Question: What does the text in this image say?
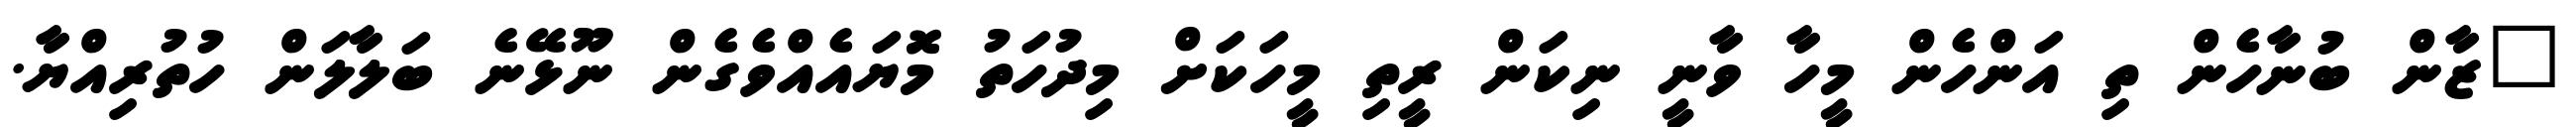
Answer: "ޒާން ބުނާހެން ތި އަންހެން މީހާ ވާނީ ނިކަން ރީތި މީހަކަށް މިދުހަތު މޮޔައެއްވެގެން ނޫޅޭނެ ބަލާލަން ހުތުރިއްޔާ.